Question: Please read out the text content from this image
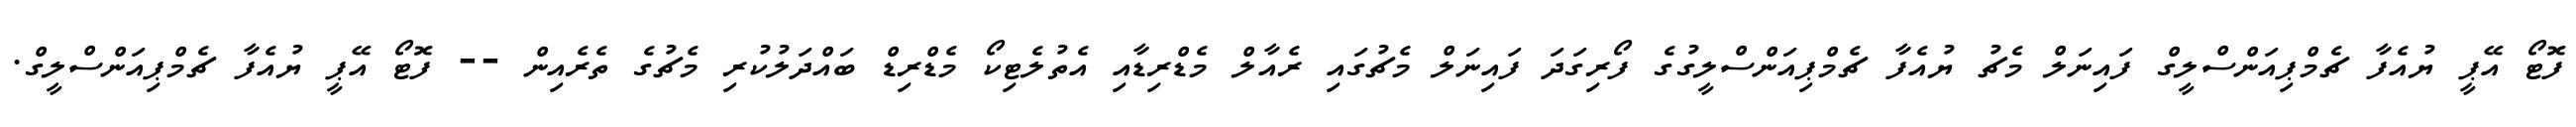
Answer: ފޮޓޯ އޭޕީ ޔުއެފާ ޗެމްޕިއަންސްލީގް ފައިނަލް މެޗު ޔުއެފާ ޗެމްޕިއަންސްލީގުގެ ފޯރިގަދަ ފައިނަލް މެޗުގައި ރެއާލް މެޑްރިޑާއި އެތުލެޓިކޯ މެޑްރިޑް ބައްދަލުކުރި މެޗުގެ ތެރެއިން -- ފޮޓޯ އޭޕީ ޔުއެފާ ޗެމްޕިއަންސްލީގް.